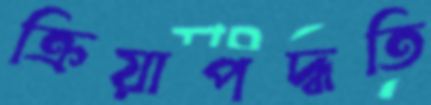
ক্রিয়াপদ্ধতি